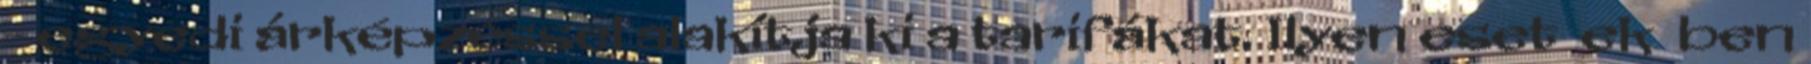
- egyedi árképzéssel alakítja ki a tarifákat. Ilyen eset ek ben